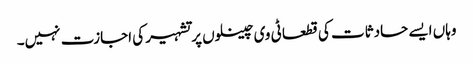
وہاں ایسے حادثات کی قطعا ٹی وی چینلوں پر تشہیر کی اجازت نہیں۔